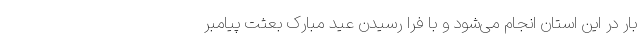
بار در این استان انجام می‌شود و با فرا رسیدن عید مبارک بعثت پیامبر